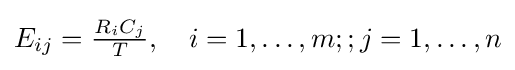
E_{ij}={\tfrac {R_{i}C_{j}}{T}},\quad i=1,\dots ,m;;j=1,\dots ,n